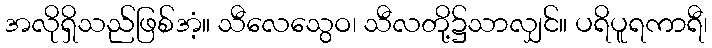
အလိုရှိသည်ဖြစ်အံ့။ သီလေသွေဝ၊ သီလတို့၌သာလျှင်။ ပရိပူရကာရီ၊